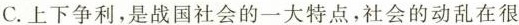
C.上下争利，是战国社会的一大特点，社会的动乱在很